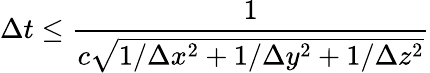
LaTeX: \Delta t\leq\frac{1}{c\sqrt{1/\Delta x^{2}+1/\Delta y^{2}+1/\Delta z^{2}}}